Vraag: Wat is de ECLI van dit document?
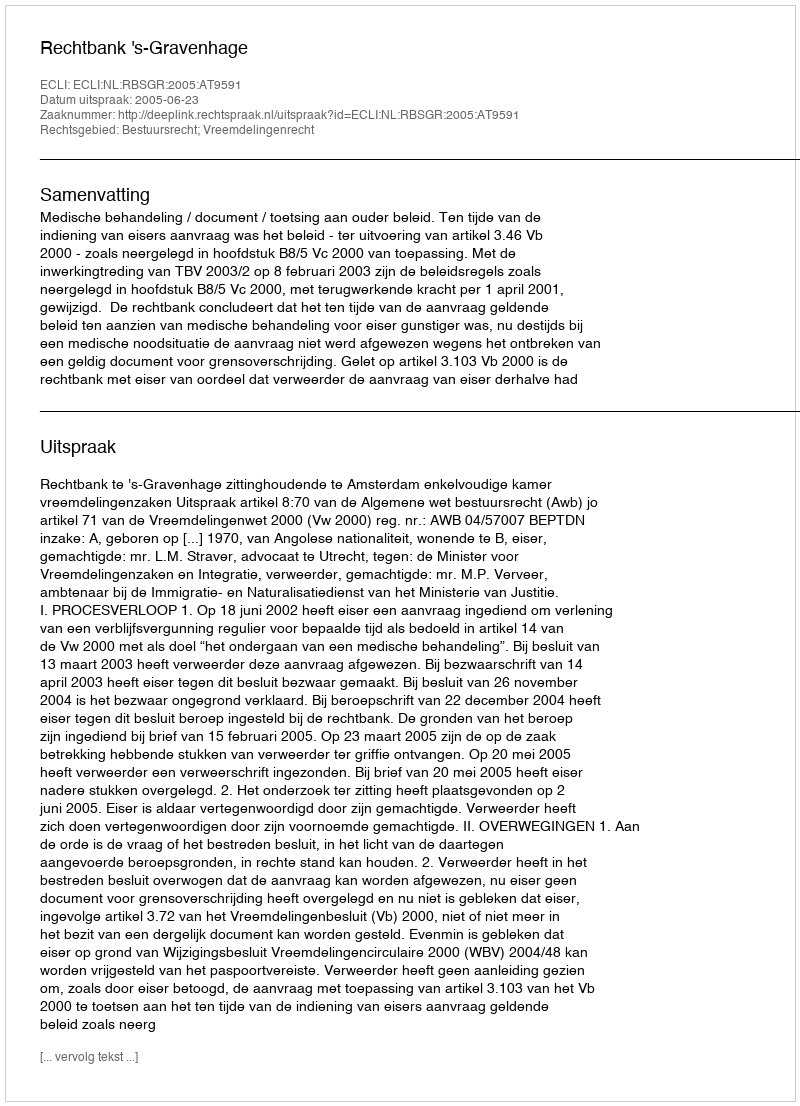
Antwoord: ECLI:NL:RBSGR:2005:AT9591